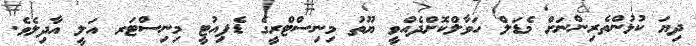
ދިޔަ ކުޅުންތެރިންނަށް މެޑަލް ހަވާލްކޮށްދެއްވީ ޔޫތު މިނިސްޓްރީގެ ޑެޕިއުޓީ މިނިސްޓަރ އަލީ އާދިލެވެ.